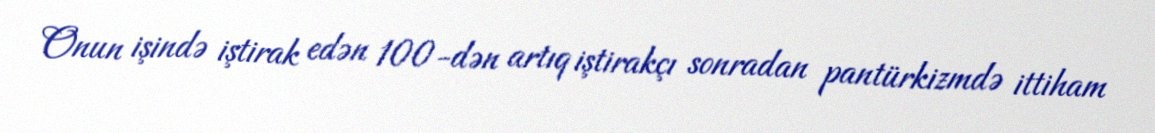
Onun işində iştirak edən 100-dən artıq iştirakçı sonradan pantürkizmdə ittiham